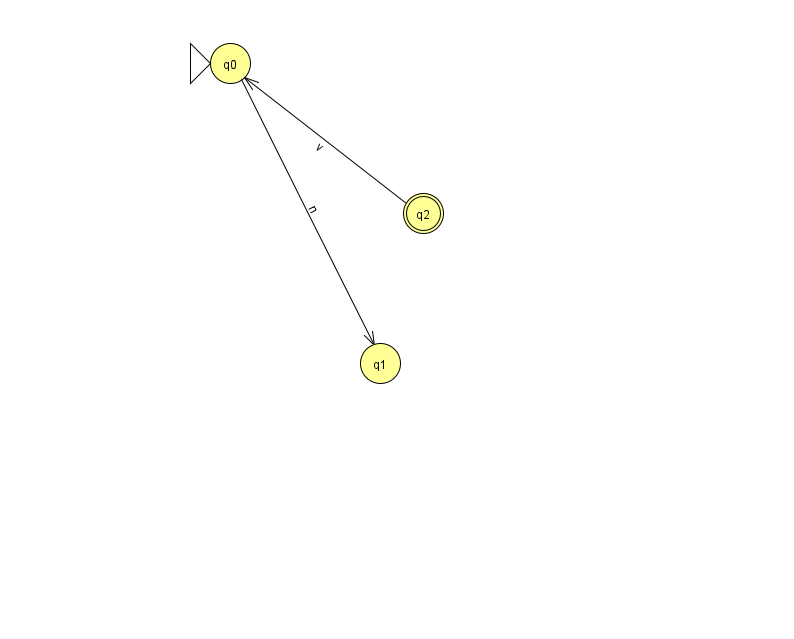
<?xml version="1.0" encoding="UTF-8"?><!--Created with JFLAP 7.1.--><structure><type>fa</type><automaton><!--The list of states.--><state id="0" name="q0"><x>230.0</x><y>50.0</y><initial/></state><state id="1" name="q1"><x>380.0</x><y>350.0</y></state><state id="2" name="q2"><x>423.0</x><y>200.0</y><final/></state><!--The list of transitions.--><transition><from>0</from><to>1</to><read>n</read></transition><transition><from>2</from><to>0</to><read>v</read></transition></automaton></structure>